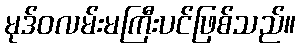
မုဒ်ဝလမ်းမကြီးပင်ဖြစ်သည်။